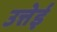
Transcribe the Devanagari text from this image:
उत्तेई